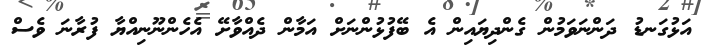
އަޅުގަނޑު ދަންނަވަމުން ގެންދިޔައިން އެ ބޭފުޅުންނަށް އަމާން ދެއްވާށޭ އެހެންނޫނިއްޔާ ފުރާނަ ވެސް